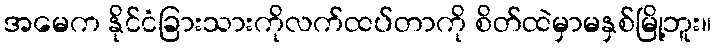
အမေက နိုင်ငံခြားသားကိုလက်ထပ်တာကို စိတ်ထဲမှာမနှစ်မြို့ဘူး။